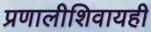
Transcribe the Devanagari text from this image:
प्रणालीशिवायही